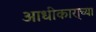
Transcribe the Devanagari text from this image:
आधीकारा्च्या